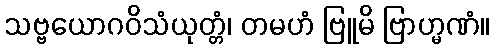
သဗ္ဗယောဂဝိသံယုတ္တံ၊ တမဟံ ဗြူမိ ဗြာဟ္မဏံ။